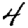
Digit: 4